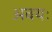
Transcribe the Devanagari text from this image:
अवयः